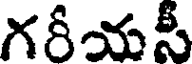
గరీయసీ